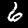
Label: 6